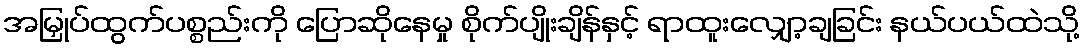
အမြှုပ်ထွက်ပစ္စည်းကို ပြောဆိုနေမှု စိုက်ပျိုးချိန်နှင့် ရာထူးလျှော့ချခြင်း နယ်ပယ်ထဲသို့